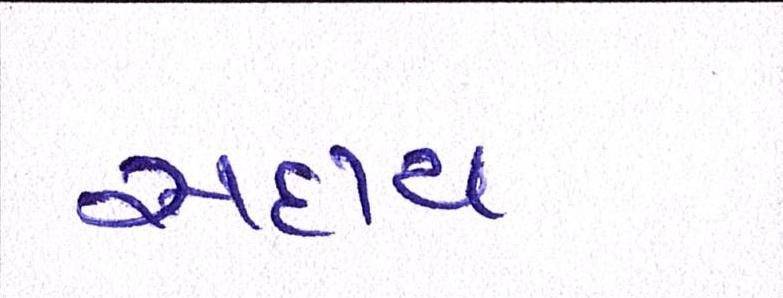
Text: સદાય